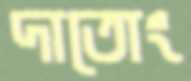
দাতোং